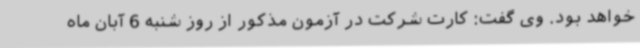
خواهد بود. وی گفت: کارت شرکت در آزمون مذکور از روز شنبه 6 آبان ماه